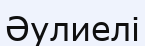
Әулиелі